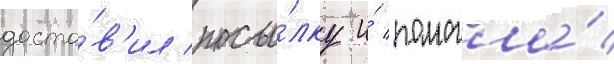
доста́в'ил посы́лку и́ помогла́